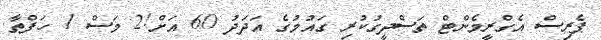
ޕެރިސް އެގްރީމެންޓް ތަސްދީގުކުރި ގައުމުގެ އަދަދު 60 އަށް!2 މަސް 1 ހަފްތާ